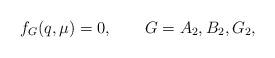
LaTeX: \begin{align*} f_{G}(q,\mu) =0,\qquad G=A_2,B_2,G_2,\end{align*}